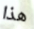
هذا